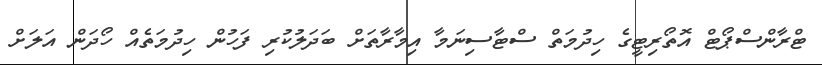
ޓްރާންސްޕޯޓް އޮތޯރިޓީގެ ހިދުމަތް ސްޓާސިނަމާ އިމާރާތަށް ބަދަލުކުރި ފަހުން ހިދުމަތެއް ހޯދަން އަލަށް